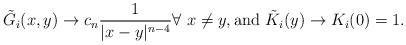
LaTeX: \begin{align*}\tilde G_i(x,y)\to c_n \frac{1}{|x-y|^{n-4}}\forall~ x\neq y, \mbox{and }\tilde K_i(y)\to K_i(0)=1.\end{align*}